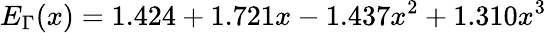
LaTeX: E_{\Gamma}(x)=1.424+1.721x-1.437x^{2}+1.310x^{3}